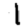
Digit: 1